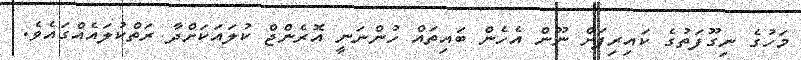
މަހުގެ ނިގޫފަތުގެ ކައިރިފަށް ނޫން އެހެން ބައިތައް ހުންނަނީ އޮރެންޖް ކުލައަކަށްދާ ރަތްކުލައެއްގައެވެ.